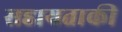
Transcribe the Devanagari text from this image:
सहायताकी